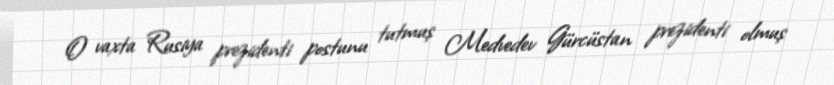
O vaxta Rusiya prezidenti postunu tutmuş Medvedev Gürcüstan prezidenti olmuş